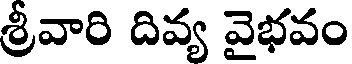
శ్రీవారి దివ్య వైభవం